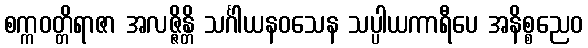
စက္ကဝတ္တိရာဇာ အလဇ္ဇိန္တိ သင်္ဂါယနဝသေန သပ္ပါယကာရီပေ အနိစ္စညေဝ